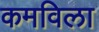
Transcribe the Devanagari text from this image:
कमविला